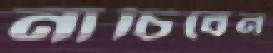
নাচিবেন